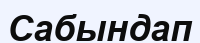
Сабындап